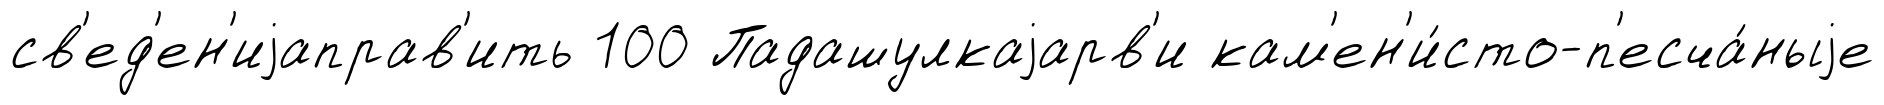
св'ед'ен'иjаправ'ить 100 Падашулкаjарв'и кам'ен'и́сто-п'есча́ныjе